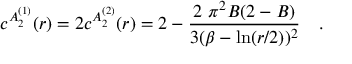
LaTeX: c ^ { A _ { 2 } ^ { ( 1 ) } } ( r ) = 2 c ^ { A _ { 2 } ^ { ( 2 ) } } ( r ) = 2 - \frac { 2 \, \, \pi ^ { 2 } B ( 2 - B ) } { 3 ( \beta - \ln ( r / 2 ) ) ^ { 2 } } \quad .